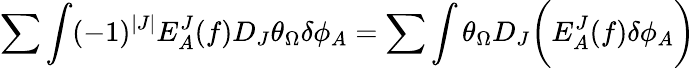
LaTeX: \sum\int(-1)^{|J|}E_{A}^{J}(f)D_{J}\theta_{\Omega}\delta\phi_{A}=\sum\int\theta_{\Omega}D_{J}\biggl(E_{A}^{J}(f)\delta\phi_{A}\biggr)